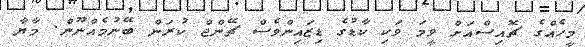
މީހެއްގެ ޗޮއިސްއަށް ވީމަ ވަކި ކާޑުގެ ޑިޒައިންވެސް ޗޭންޖް ކުރަން ބޭނުމެއްނޫން. މާޔާ